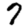
Digit: 7